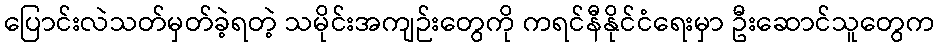
ပြောင်းလဲသတ်မှတ်ခဲ့ရတဲ့ သမိုင်းအကျဉ်းတွေကို ကရင်နီနိုင်ငံရေးမှာ ဦးဆောင်သူတွေက